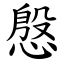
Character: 慇